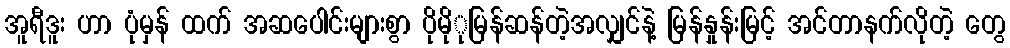
အူရီဒူး ဟာ ပုံမှန် ထက် အဆပေါင်းများစွာ ပိုမိုုမြန်ဆန်တဲ့အလျှင်နဲ့ မြန်နှုန်းမြင့် အင်တာနက်လိုတဲ့ တွေ